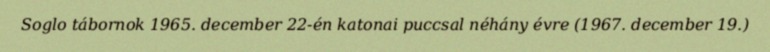
Soglo tábornok 1965. december 22-én katonai puccsal néhány évre (1967. december 19.)